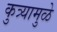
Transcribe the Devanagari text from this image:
कुत्र्यामुळे